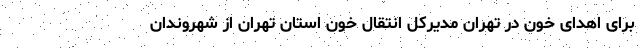
برای اهدای خون در تهران مدیرکل انتقال خون استان تهران از شهروندان